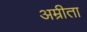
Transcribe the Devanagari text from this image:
अम्रीता